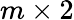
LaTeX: m\times 2